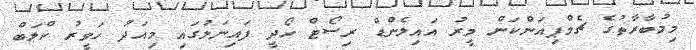
މިމުބާރާތުގެ ޗެމްޕިއަންކަން މީރު އައިލެންޑް ރިސޯޓް ހޯދީ ފައިނަލުގައި މިއަދު ހަވީރު ކްލަބް